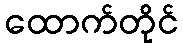
ထောက်တိုင်